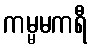
ကမ္မမကရီ